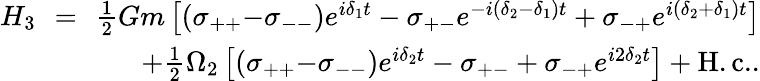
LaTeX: \begin{array}{rlr}{H_{3}\! \! }&{=}&{\! \! \frac{1}{2}Gm\left[\left(\sigma_{++}{-}\sigma_{--}\right)e^{i\delta_{1}t}-\sigma_{+-}e^{-i(\delta_{2}-\delta_{1})t}+\sigma_{-+}e^{i(\delta_{2}+\delta_{1})t}\right]}\\ &{}&{\! \! +\frac{1}{2}\Omega_{2}\left[\left(\sigma_{++}{-}\sigma_{--}\right)e^{i\delta_{2}t}-\sigma_{+-}+\sigma_{-+}e^{i2\delta_{2}t}\right]+\mathrm{H.c.}.}\end{array}